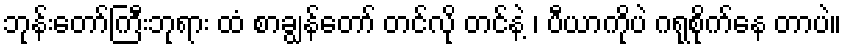
ဘုန်းတော်ကြီးဘုရား ထံ စာချွန်တော် တင်လို တင်နဲ့ ၊ ပီယာကိုပဲ ဂရုစိုက်နေ တာပဲ။